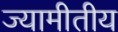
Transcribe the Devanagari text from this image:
ज्यामीतीय